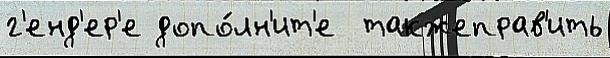
г'енд'ер'е допо́лн'ит'е  такжеправ'ить